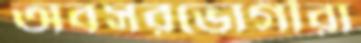
অবসরভোগীরা